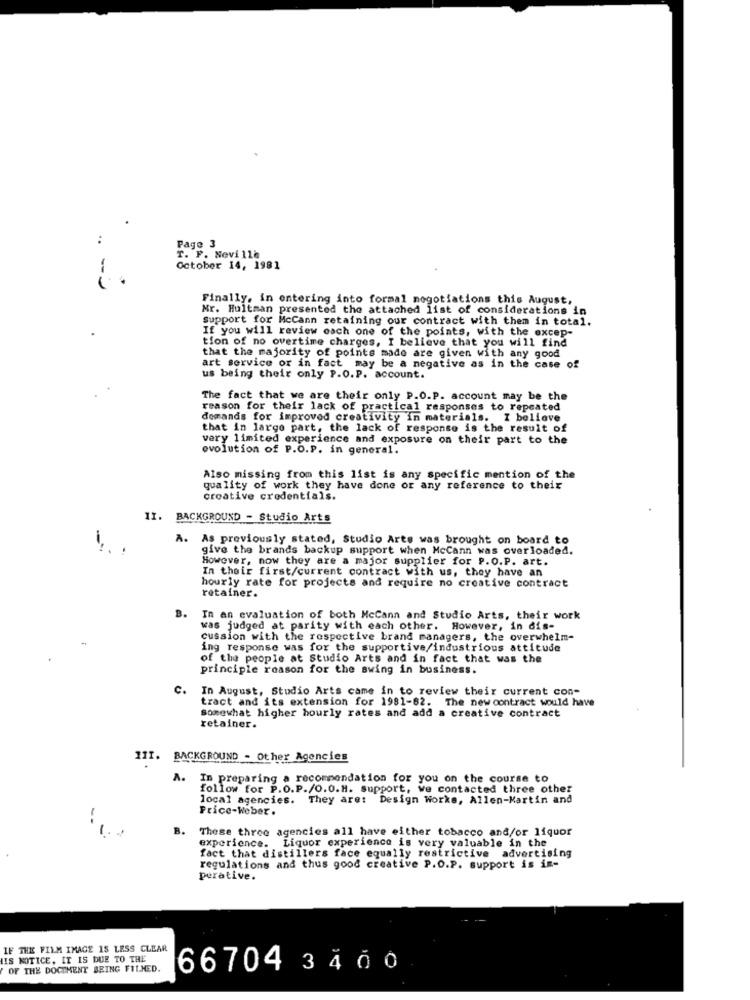
..
Page 3
T. F. Nevi 118
-
October 14, 1981
Finally, in entering into formal negotiations this August,
Mr. Hultman presented the attached list of considerations in
Support for McCann retaining our contract with them in total.
If you will review each one of the points, with the excep-
tion of no overtime charges, I believe that you will find
that the majority of points made are given with any good
art service or in fact may be a negative as in the case of
us being their only P.O. P. account.
The fact that we are their only P.O.P. account may be the
reason for their lack of practical responses to repe
demands for improved creativity in materials. I believe
that in large part, the lack of response is the result of
very limited experience and exposure on their part to the
evolution of P.O.P. in general.
Also missing from this list is any specific mention of the
quality of work they have done or any reference to their
creative credentials.
11.
BACKGROUND - Studio Arts
-
A. As previously stated, Studio Arts was brought on board to
give the brands backup support when McCann was overloaded.
However, now they are a major supplier for P.O.P. art.
In their first/current contract with us, they have an
hourly rate for projects and require no creative contract
retainer.
B.
In an evaluation of both McCann and Studio Arts, their work
was judged at parity with each other. However, in dis-
-
cussion with the respective brand managers, the overwhelm-
ing response was for the supportive/industrious attitude
of the people at Studio Arts and in fact that was the
principle reason for the swing in business.
C.
In August, Studio Arts came in to review their current con-
tract and its extension for 1981-82. The new contract would have
Somewhat higher hourly rates and add a creative contract
retainer.
111.
BACKGROUND - Other Agencies
A.
In preparing a recommendation for you on the course to
follow for P.O.P./O.O.H. Support, we contacted three other
local agencies. They are: Design Works, Allen-Martin and
Price-Weber.
--
These three agencies all have either tobacco and/or liquor
experience. Liquor experience is very valuable in the
fact that distillers face equally restrictive advertising
regulations and thus good creative P.O.P. support is im-
perative.
IF THE FILM IMAGE IS LESS CLEAR
IS NOTICE, IT IS DUE TO THE
OF THE DOCUMENT BEING FILMED.
66704 3 4 0 0